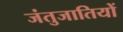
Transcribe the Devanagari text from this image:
जंतुजातियों